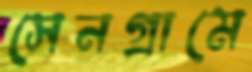
সেনগ্রামে